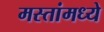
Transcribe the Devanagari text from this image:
मस्तांमध्ये